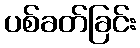
ပစ်ခတ်ခြင်း